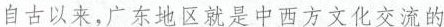
自古以来，广东地区就是中西方文化交流的